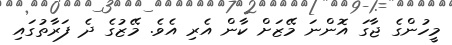
މީހުންގެ ޖާގަ އޮންނަ މޭޒަށް ކާން އެރި އެވެ. މޭޒުގެ ދެ ފަރާތުގައި